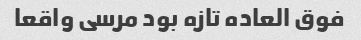
فوق العاده تازه بود مرسی واقعا